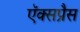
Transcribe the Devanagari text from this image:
ऍक्सप्रैस